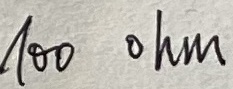
Text: 100 ohm